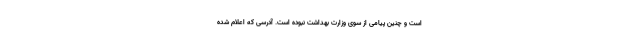
است و چنین پیامی از سوی وزارت بهداشت نبوده است. آدرسی که اعلام شده